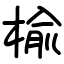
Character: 楡